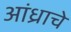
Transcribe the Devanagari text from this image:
आंध्राचे